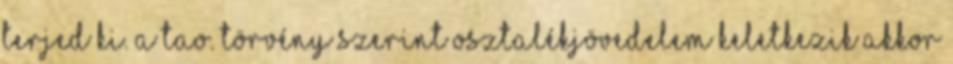
terjed ki. A Tao. törvény szerint osztalékjövedelem keletkezik akkor